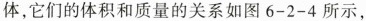
体，它们的体积和质量的关系如图6-2-4所示，